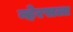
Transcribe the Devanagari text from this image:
व्हेरसला